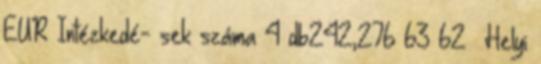
EUR Intézkedé- sek száma 4 db242,276 63 62 ▪Helyi